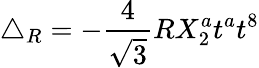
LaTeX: \triangle_{R}=-\frac{4}{\sqrt{3}}RX_{2}^{a}t^{a}t^{8}